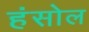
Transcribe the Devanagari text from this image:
हंसोल